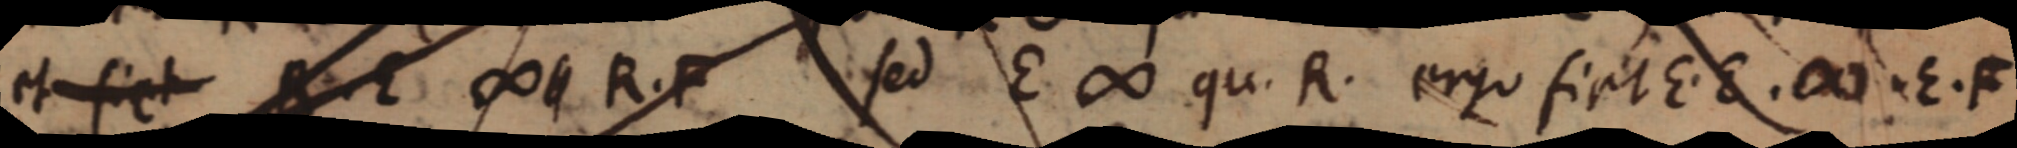
et fiet R. E ∞ R. F sed E ∞ qu. R. ergo fiet E. E. ∞. E. F